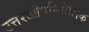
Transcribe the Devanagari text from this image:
उत्तरऔपनिवेशिक